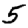
Digit: 5